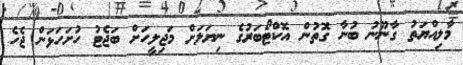
މާލިއްޔަތު ގާނޫނު ބުނާ ގޮތުން އޮކްޓޯބަރުގެ ނިޔަލަށް މަޖިލީހަށް ބަޖެޓު ހުށަހަޅަން ޖެހެ